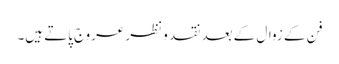
فن کے زوال کے بعد نقد و نظر عروج پاتے ہیں۔